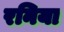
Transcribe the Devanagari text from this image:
रनिया